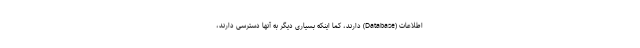
اطلاعات (Database) دارند، کما اینکه بسیاری دیگر به آنها دسترسی دارند،